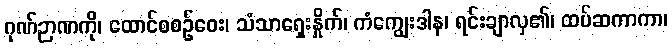
ဂုဏ်ဉာဏကို၊ ထောင်စစဉ်ဝေး၊ သံသာရှေးနှိုက်၊ ကံကျွေးဒါန၊ ရင်းချာလှ၏၊ ထပ်ဆကာကာ၊